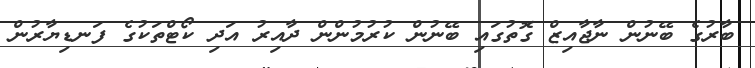
ބާރުގެ ބޭނުން ނާޖާއިޒް ގޮތުގައި ބޭނުން ކުރުމުންން ދާއިރު އަދި ކޯޓްތަކުގެ ފަނޑިޔާރުން